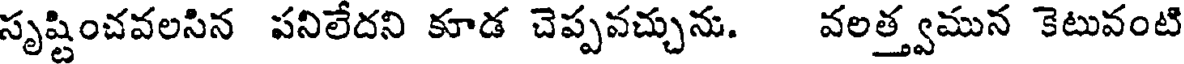
సృష్టించవలసిన పనిలేదని కూడ చెప్పవచ్చును. వలత్త్వమున కెటువంటి